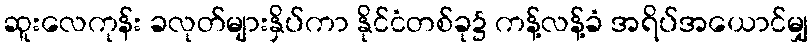
ဆူးလေကုန်း ခလုတ်များနှိပ်ကာ နိုင်ငံတစ်ခု၌ ကန့်လန့်ခံ အရိပ်အယောင်မျှ